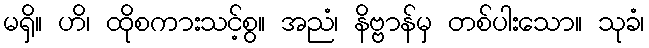
မရှိ။ ဟိ၊ ထိုစကားသင့်စွ။ အညံ၊ နိဗ္ဗာန်မှ တစ်ပါးသော။ သုခံ၊